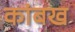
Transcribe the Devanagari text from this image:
कांबख